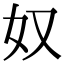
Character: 奴